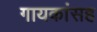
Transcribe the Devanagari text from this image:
गायकांसह